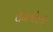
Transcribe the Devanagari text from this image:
वेनगोली